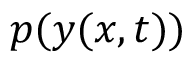
p ( \boldsymbol { y } ( \boldsymbol { x } , t ) )